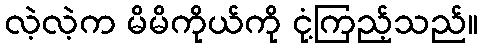
လဲ့လဲ့က မိမိကိုယ်ကို ငုံ့ကြည့်သည်။